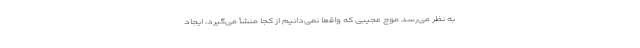
به نظر می‌رسد موج عجیبی که واقعا نمی‌دانیم از کجا منشأ می‌گیرد، ایجاد